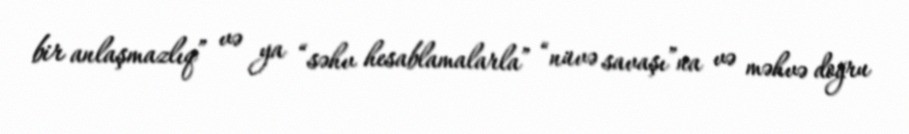
bir anlaşmazlıq” və ya “səhv hesablamalarla” “nüvə savaşı”na və məhvə doğru